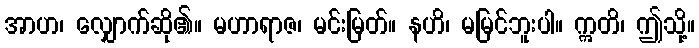
အာဟ၊ လျှောက်ဆို၏။ မဟာရာဇ၊ မင်းမြတ်။ နဟိ၊ မမြင်ဘူးပါ။ ဣတိ၊ ဤသို့။